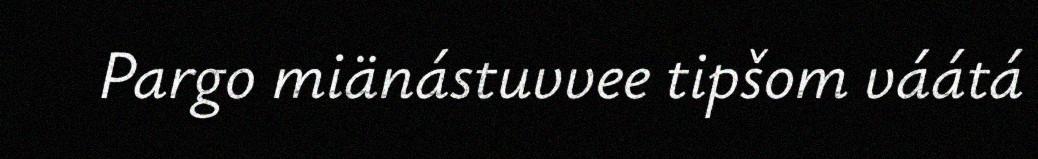
Pargo miänástuvvee tipšom váátá